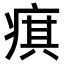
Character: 𤷍